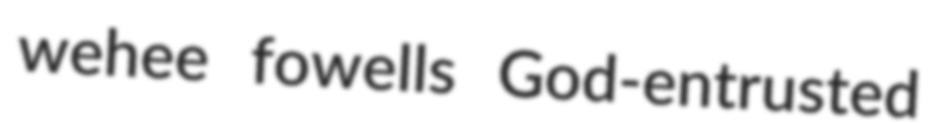
wehee fowells God-entrusted